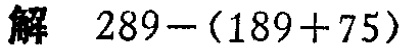
解 \(289-(189 + 75)\)